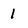
Character: 1